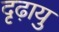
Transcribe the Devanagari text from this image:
दृढ़ायु